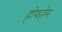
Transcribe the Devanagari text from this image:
होफहेम